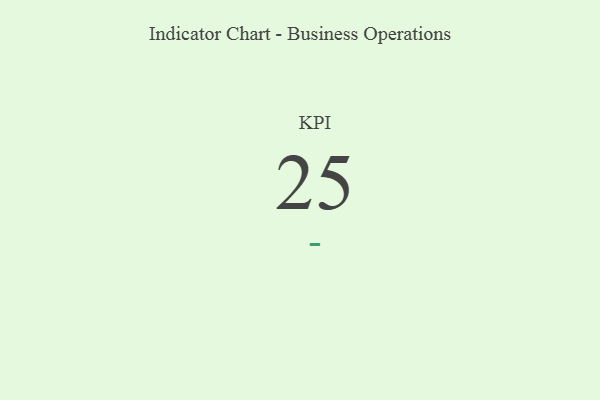
{"axis": {"x": "KPI", "y": "Value"}, "legend": [""], "data": [{"x": "KPI", "y": 25, "type": ""}]}